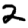
Digit: 2